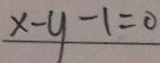
x - y - 1 = 0